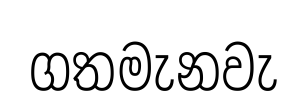
ගතමැනවැ